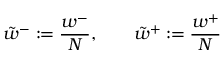
\tilde { w } ^ { - } : = \frac { w ^ { - } } { N } , \qquad \tilde { w } ^ { + } : = \frac { w ^ { + } } { N }